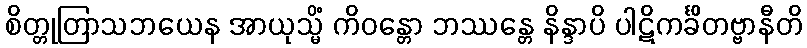
စိတ္တုတြာသဘယေန အာယုသ္မိံ ကိဝန္တော ဘဿန္တေ နိန္ဒာပိ ပါဋိကင်္ခိတဗ္ဗာနီတိ